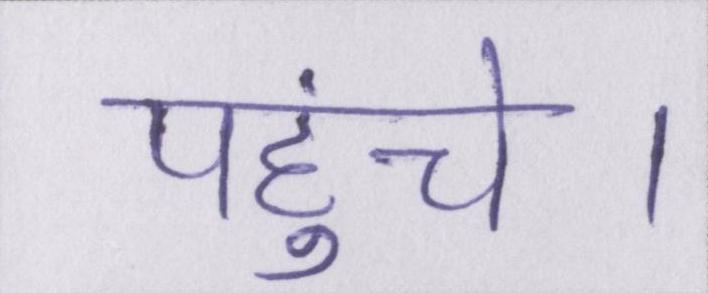
पहुंचे।